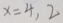
x = 4 , 2